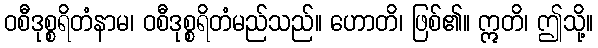
ဝစီဒုစ္စရိတံနာမ၊ ဝစီဒုစ္စရိတံမည်သည်။ ဟောတိ၊ ဖြစ်၏။ ဣတိ၊ ဤသို့။